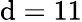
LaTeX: \mathrm{d}=11